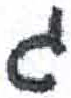
אות: ג